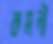
কমনী